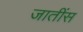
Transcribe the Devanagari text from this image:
जातींस